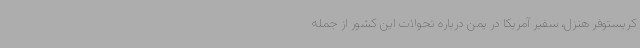
کریستوفر هنزل، سفیر آمریکا در یمن درباره تحولات این کشور از جمله